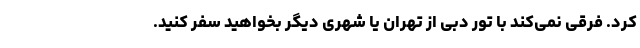
کرد. فرقی نمی‌کند با تور دبی از تهران یا شهری دیگر بخواهید سفر کنید.